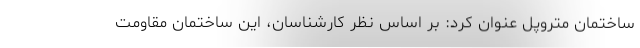
ساختمان متروپل عنوان کرد: بر اساس نظر کارشناسان، این ساختمان مقاومت